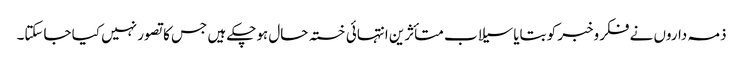
ذمہ داروں نے فکروخبر کو بتایا سیلاب متأثرین انتہائی خستہ حال ہوچکے ہیں جس کا تصور نہیں کیا جاسکتا۔